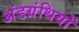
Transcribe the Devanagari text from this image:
अंडग्रंथियों